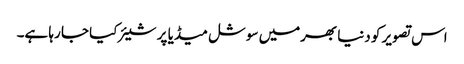
اس تصویر کو دنیا بھرمیں سوشل میڈیا پر شیئر کیا جا رہا ہے۔